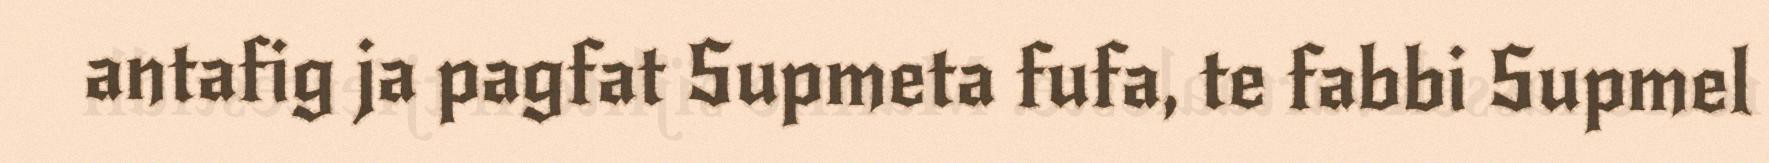
antafig ja pagfat Supmeta fufa, te fabbi Supmel